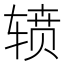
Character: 𮝷